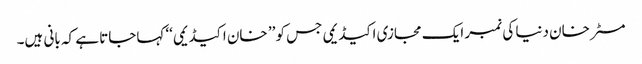
مسٹر خان دنیا کی نمبر ایک مجازی اکیڈیمی جس کو ’’ خان اکیڈیمی‘‘ کہاجاتا ہے کہ بانی ہیں۔